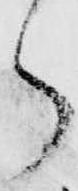
ら